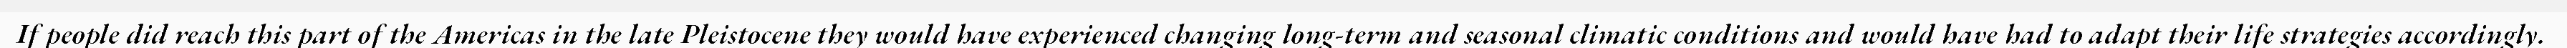
If people did reach this part of the Americas in the late Pleistocene they would have experienced changing long-term and seasonal climatic conditions and would have had to adapt their life strategies accordingly.